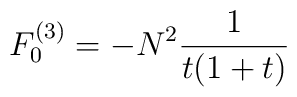
F_0^{(3)} = - { N^2 } { 1  \over t ( 1 + t) }